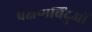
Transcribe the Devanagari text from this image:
प्रेक्षणबिंदुओं